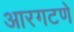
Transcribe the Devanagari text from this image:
आरगटणे